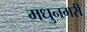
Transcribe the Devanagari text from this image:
मधुनगरी